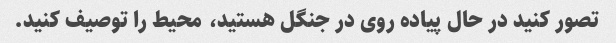
تصور کنید در حال پیاده روی در جنگل هستید، محیط را توصیف کنید.